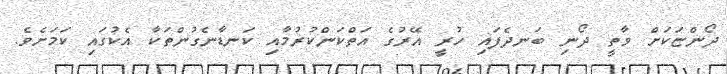
ދޯންޏަކަށް ވާތީ ދޯނި ބަނދެފައި ހުރީ އޭރުގެ އަތްކަންކުރުމާއި ކަނޑާނެގުންތަކާ އެކުގައި ކަމަށެވެ.